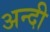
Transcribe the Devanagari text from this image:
अन्दी